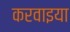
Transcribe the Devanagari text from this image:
करवाइया